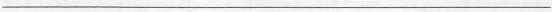
___